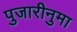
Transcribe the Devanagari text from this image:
पुजारीनुमा